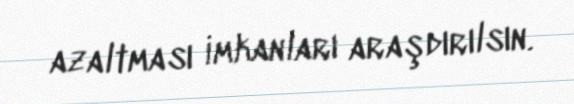
azaltması imkanları araşdırılsın.